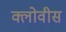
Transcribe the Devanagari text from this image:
क्लोवीस